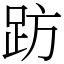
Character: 趽